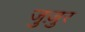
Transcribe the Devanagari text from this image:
जुज़ुर